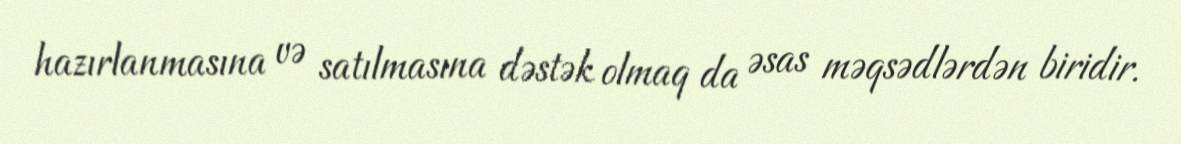
hazırlanmasına və satılmasına dəstək olmaq da əsas məqsədlərdən biridir.